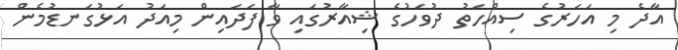
އާދެ މި އަހަރުގެ ސިއްހަތު ދުވަހުގެ ޝިއާރުގައި ވާ ފަދައިން މިއަދު އަޅުގަނޑުމެން